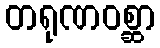
တရုဏဝစ္ဆာ